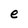
Character: e